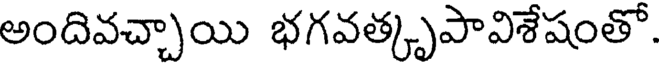
అందివచ్చాయి భగవత్కృపావిశేషంతో.